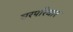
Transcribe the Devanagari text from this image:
घरपरिवार